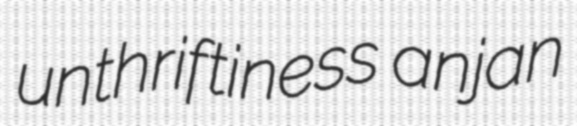
unthriftiness anjan